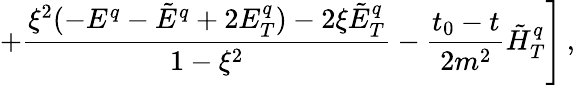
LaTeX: \left.+\frac{\xi^{2}(-E^{q}-\tilde{E}^{q}+2E_{T}^{q})-2\xi\tilde{E}_{T}^{q}}{1-\xi^{2}}-\frac{t_{0}-t}{2m^{2}}\tilde{H}_{T}^{q}\right]\, ,